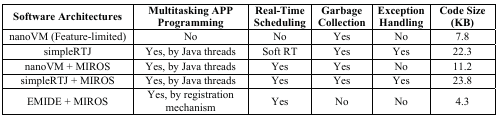
| Software Architectures | Multitasking APP Programming | Real-Time Scheduling | Garbage Collection | Exception Handling | Code Size (KB) |
 | --- | --- | --- | --- | --- | --- |
 | nanoVM (Feature-limited) | No | No | Yes | No | 7.8 |
 | simpleRTJ | Yes, by Java threads | Soft RT | Yes | Yes | 22.3 |
 | nanoVM + MIROS | Yes, by Java threads | Yes | Yes | No | 11.2 |
 | simpleRTJ + MIROS | Yes, by Java threads | Yes | Yes | Yes | 23.8 |
 | EMIDE + MIROS | Yes, by registration mechanism | Yes | No | No | 4.3 |